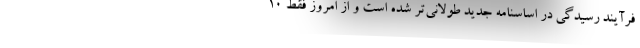
فرآیند رسیدگی در اساسنامه جدید طولانی‌تر شده است و از امروز فقط ۱۰